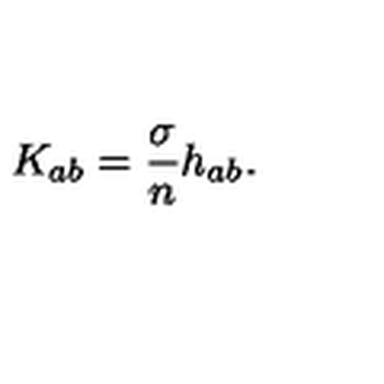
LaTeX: K _ { a b } = \frac { \sigma } { n } h _ { a b } .